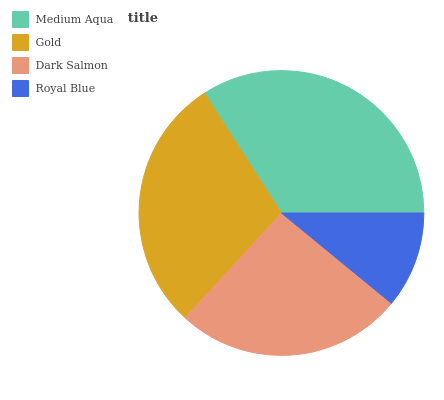
| Medium Aqua | Gold | Dark Salmon | Royal Blue |
 | --- | --- | --- | --- |
 | 34% | 29.1% | 25.9% | 10.9% |